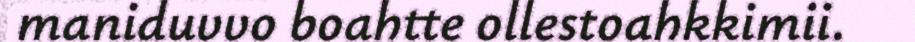
maniduvvo boahtte ollestoahkkimii.